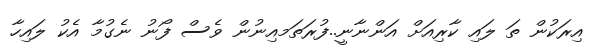
އިރަކުން ތަ ލައި ކާރިއަށް އަންނާނީ..ފުރަތަމއިނުން ވެސް ފޯނު ނެގުމާ އެކު ލައިހާ